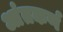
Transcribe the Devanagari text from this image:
आंतकर्ण